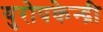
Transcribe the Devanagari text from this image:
युरोपकेन्द्री